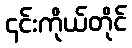
၎င်းကိုယ်တိုင်